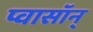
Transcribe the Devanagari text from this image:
प्वासॉन्‌